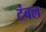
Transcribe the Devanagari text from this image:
टंबल